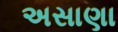
અસાણા